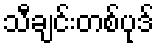
သီချင်းတစ်ပုဒ်